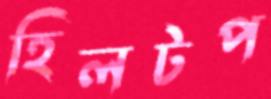
হিলটপ